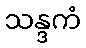
သန္ဒကံ